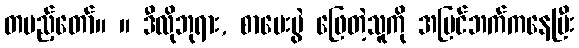
တပည့်တော်။ ။ ဒီလိုဘုရား, စာမေးပွဲ ဖြေတဲ့သူကို အပြင်ဘက်ကနေပြီး